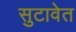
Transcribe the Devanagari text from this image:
सुटावेत